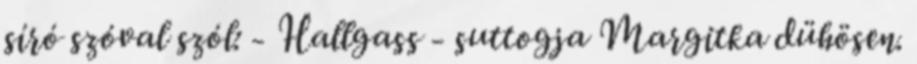
síró szóval szól: - Hallgass - suttogja Margitka dühösen.